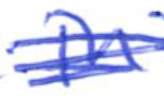
Text: in
Cross-out: scratch
Writing tool: ballpoint